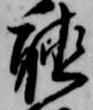
聴